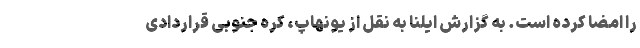
را امضا کرده است. به گزارش ایلنا به نقل از یونهاپ، کره جنوبی قراردادی